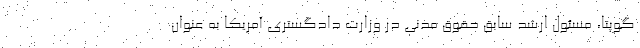
گوپتا، مسئول ارشد سابق حقوق مدنی در وزارت دادگستری آمریکا به عنوان